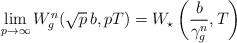
LaTeX: \begin{align*}\lim_{p \to \infty} W^n_g(\sqrt{p}\, b, p T) = W_\star\left(\frac{b}{\gamma_g^n},T\right)\end{align*}